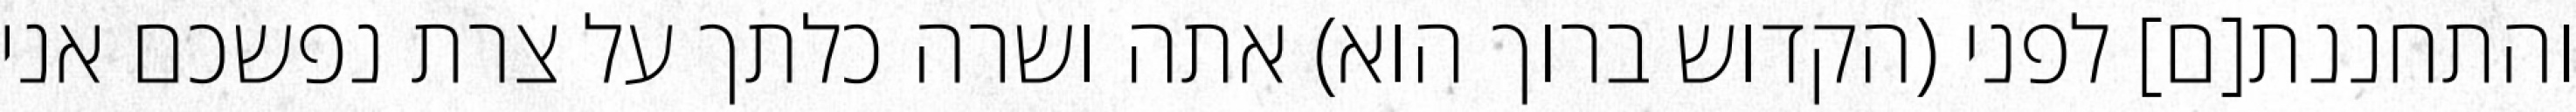
והתחננת[ם] לפני (הקדוש ברוך הוא) אתה ושרה כלתך על צרת נפשכם אני